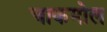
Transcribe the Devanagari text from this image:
चाकमोल